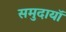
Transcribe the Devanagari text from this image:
समुदायॉ